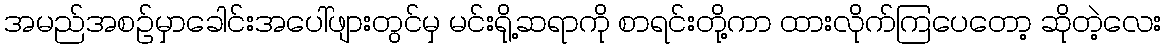
အမည်အစဉ်မှာခေါင်းအပေါ်ဖျားတွင်မှ မင်းရို့ဆရာကို စာရင်းတို့ကာ ထားလိုက်ကြပေတော့ ဆိုတဲ့လေး